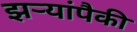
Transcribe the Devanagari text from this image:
झऱ्यांपैकी